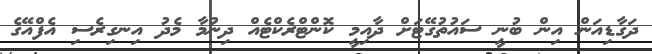
ދަގާޑިއަން އިން ބުނީ ސައުތުގޭޓަށް ދާއިމީ ކޮންޓްރެކްޓެއް ދިނުމާ މެދު އިނގިރެސި އެފްއޭގެ